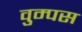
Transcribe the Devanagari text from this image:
वुम्पस